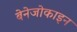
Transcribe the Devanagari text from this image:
बेनेजोकाइन